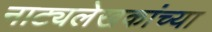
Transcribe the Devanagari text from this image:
नाट्यलेखकांच्या